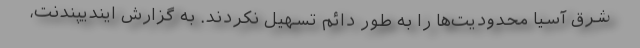
شرق آسیا محدودیت‌ها را به طور دائم تسهیل نکردند. به گزارش ایندیپندنت،